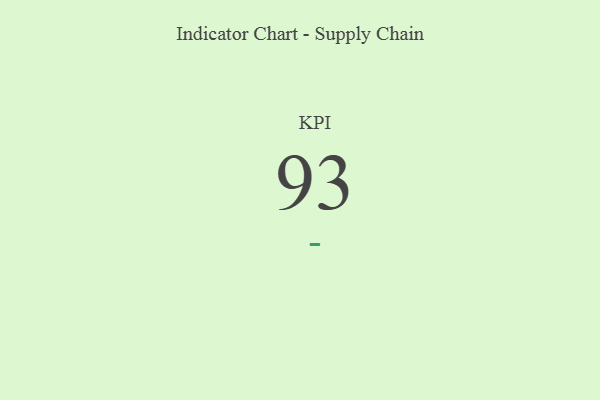
{"axis": {"x": "KPI", "y": "Value"}, "legend": [""], "data": [{"x": "KPI", "y": 93, "type": ""}]}